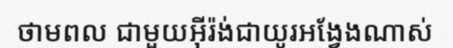
ថាមពល ជាមួយអ៊ីរ៉ង់ជាយូរអង្វែងណាស់